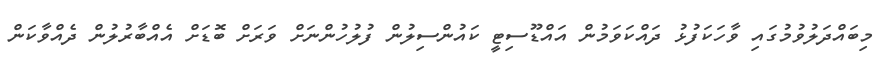
މިބައްދަލުވުމުގައި ވާހަކަފުޅު ދައްކަވަމުން އައްޑޫސިޓީ ކައުންސިލުން ފުލުހުންނަށް ވަރަށް ބޮޑަށް އެއްބާރުލުން ދެއްވާކަން